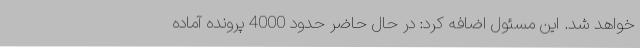
خواهد شد. این مسئول اضافه کرد: در حال حاضر حدود 4000 پرونده آماده